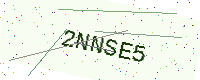
Text: 2NNSE5